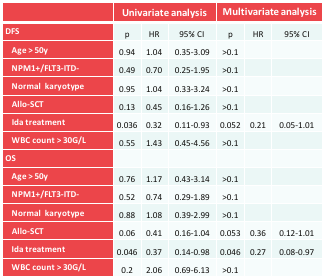
<table><thead><tr><td></td><td colspan="3"><b>Univariate analysis</b></td><td colspan="3"><b>Multivariate analysis</b></td></tr></thead><tbody><tr><td><b>DFS</b></td><td>p</td><td>HR</td><td>95% CI</td><td>p</td><td>HR</td><td>95% CI</td></tr><tr><td><b> Age &gt; 50y</b></td><td>0.94</td><td>1.04</td><td>0.35-3.09</td><td>&gt;0.1</td><td></td><td></td></tr><tr><td><b> NPM1+/FLT3-ITD-</b></td><td>0.49</td><td>0.70</td><td>0.25-1.95</td><td>&gt;0.1</td><td></td><td></td></tr><tr><td><b> Normal karyotype</b></td><td>0.95</td><td>1.04</td><td>0.33-3.24</td><td>&gt;0.1</td><td></td><td></td></tr><tr><td><b> Allo-SCT</b></td><td>0.13</td><td>0.45</td><td>0.16-1.26</td><td>&gt;0.1</td><td></td><td></td></tr><tr><td><b> Ida treatment</b></td><td>0.036</td><td>0.32</td><td>0.11-0.93</td><td>0.052</td><td>0.21</td><td>0.05-1.01</td></tr><tr><td><b> WBC count &gt; 30G/L</b></td><td>0.55</td><td>1.43</td><td>0.45-4.56</td><td>&gt;0.1</td><td></td><td></td></tr><tr><td><b>OS</b></td><td></td><td></td><td></td><td></td><td></td><td></td></tr><tr><td><b> Age &gt; 50y</b></td><td>0.76</td><td>1.17</td><td>0.43-3.14</td><td>&gt;0.1</td><td></td><td></td></tr><tr><td><b> NPM1+/FLT3-ITD-</b></td><td>0.52</td><td>0.74</td><td>0.29-1.89</td><td>&gt;0.1</td><td></td><td></td></tr><tr><td><b> Normal karyotype</b></td><td>0.88</td><td>1.08</td><td>0.39-2.99</td><td>&gt;0.1</td><td></td><td></td></tr><tr><td><b> Allo-SCT</b></td><td>0.06</td><td>0.41</td><td>0.16-1.04</td><td>0.053</td><td>0.36</td><td>0.12-1.01</td></tr><tr><td><b> Ida treatment</b></td><td>0.046</td><td>0.37</td><td>0.14-0.98</td><td>0.046</td><td>0.27</td><td>0.08-0.97</td></tr><tr><td><b> WBC count &gt; 30G/L</b></td><td>0.2</td><td>2.06</td><td>0.69-6.13</td><td>&gt;0.1</td><td></td><td></td></tr></tbody></table>